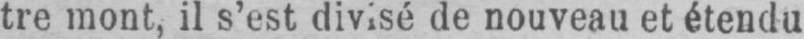
tre mont, il s’est divisé de nouveau et étendu